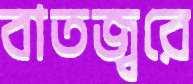
বাতজ্বরে